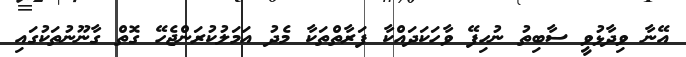
އޭނާ ވިދާޅުވީ ސާބިތު ނުހިފޭ ވާހަކަދައްކާ ފަރާތްތަކާ މެދު އަމަލުކުރަންޖެހޭ ގޮތް ގާނޫނުތަކުގައި